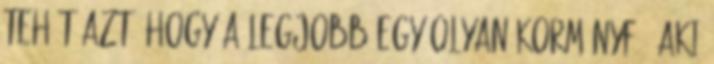
tehát azt, hogy a legjobb egy olyan kormányfő, aki